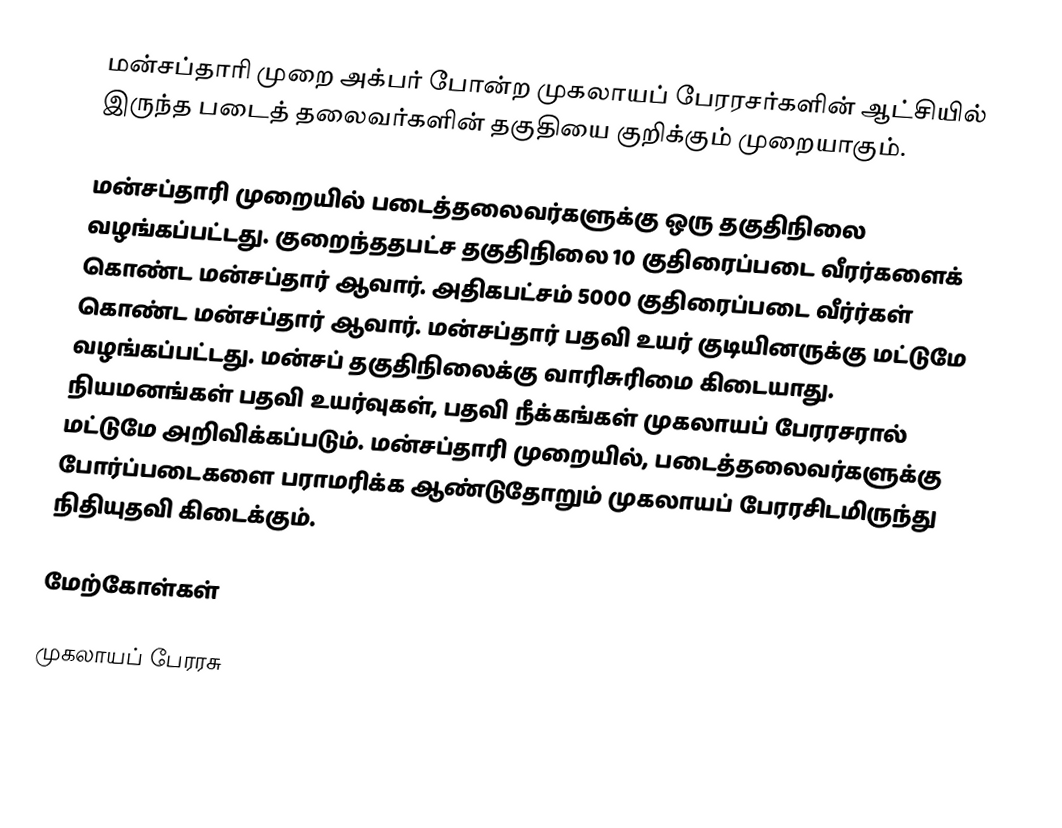
மன்சப்தாரி முறை  அக்பர் போன்ற முகலாயப் பேரரசர்களின் ஆட்சியில் இருந்த படைத் தலைவர்களின் தகுதியை குறிக்கும் முறையாகும்.

மன்சப்தாரி முறையில் படைத்தலைவர்களுக்கு  ஒரு தகுதிநிலை வழங்கப்பட்டது. குறைந்ததபட்ச தகுதிநிலை  10 குதிரைப்படை வீரர்களைக் கொண்ட மன்சப்தார் ஆவார். அதிகபட்சம் 5000 குதிரைப்படை வீர்ர்கள் கொண்ட மன்சப்தார் ஆவார். மன்சப்தார் பதவி உயர் குடியினருக்கு மட்டுமே வழங்கப்பட்டது. மன்சப் தகுதிநிலைக்கு வாரிசுரிமை கிடையாது. நியமனங்கள் பதவி உயர்வுகள், பதவி நீக்கங்கள்  முகலாயப் பேரரசரால்  மட்டுமே அறிவிக்கப்படும்.   மன்சப்தாரி முறையில், படைத்தலைவர்களுக்கு போர்ப்படைகளை பராமரிக்க ஆண்டுதோறும் முகலாயப் பேரரசிடமிருந்து நிதியுதவி கிடைக்கும்.

மேற்கோள்கள்

முகலாயப் பேரரசு